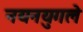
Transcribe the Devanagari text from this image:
नयनयुगले